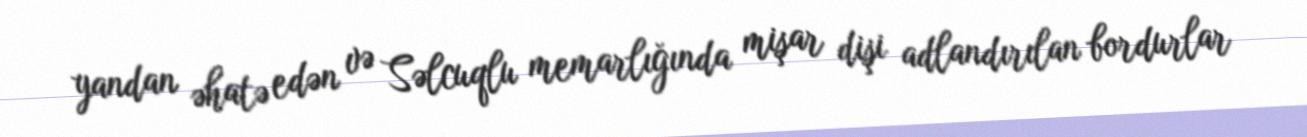
yandan əhatə edən və Səlcuqlu memarlığında mişar dişi adlandırılan bordurlar